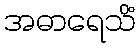
အဓာရေသိံ